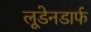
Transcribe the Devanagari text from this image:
लूडेनडार्फ